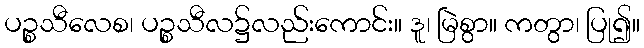
ပဉ္စသီလေစ၊ ပဉ္စသီလ၌လည်းကောင်း။ ဒူ၊ မြဲစွာ။ ကတွာ၊ ပြု၍။